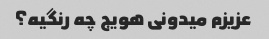
عزیزم میدونی هویج چه رنگیه؟